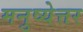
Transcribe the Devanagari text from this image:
मनुष्येत्तर